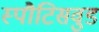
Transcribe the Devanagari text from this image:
स्पौटिसवुड